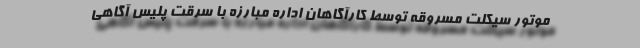
موتور سیکلت مسروقه توسط کارآگاهان اداره مبارزه با سرقت پلیس آگاهی